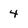
Character: 4